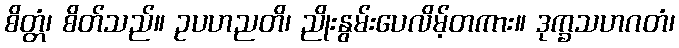
စိတ္တံ၊ စိတ်သည်။ ဥပဟညတိ၊ ညိုးနွမ်းပေလိမ့်တကား။ ဒုက္ခသဟဂတံ၊